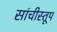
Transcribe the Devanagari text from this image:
सांचीस्तूप